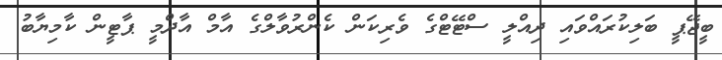
ބީޖޭޕީ ބަލިކުރައްވައި ދިއްލީ ސްޓޭޓްގެ ވެރިކަން ކެންރުވާލްގެ އާމް އާދްމީ ޕާޓީން ކާމިޔާބު